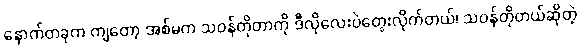
နောက်တခုက ကျတော့ အစ်မက သဝန်တိုတာကို ဒီလိုလေးပဲတွေးလိုက်တယ်၊ သဝန်တိုတယ်ဆိုတဲ့